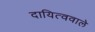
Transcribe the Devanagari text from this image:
दायित्ववाले